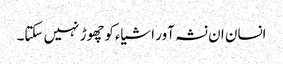
انسان ان نشہ آور اشیاءکوچھوڑ نہیں سکتا۔